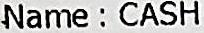
NAME : CASH